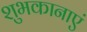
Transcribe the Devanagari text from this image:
शुभकानाएं